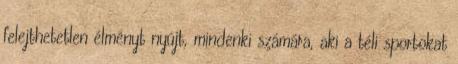
felejthetetlen élményt nyújt, mindenki számára, aki a téli sportokat